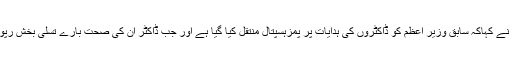
میڈیا سے گفتگو کرتے ہوئے انہوں نے کہاکہ سابق وزیر اعظم کو ڈاکٹروں کی ہدایات پر پمزہسپتال منتقل کیا گیا ہے اور جب ڈاکٹر ان کی صحت بارے تسلی بخش رپورٹ دیں گے تو وہ چلے جائیں گے۔